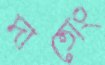
দাতোং